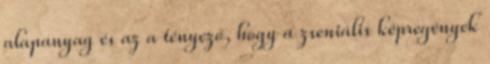
alapanyag és az a tényező, hogy a zseniális képregények